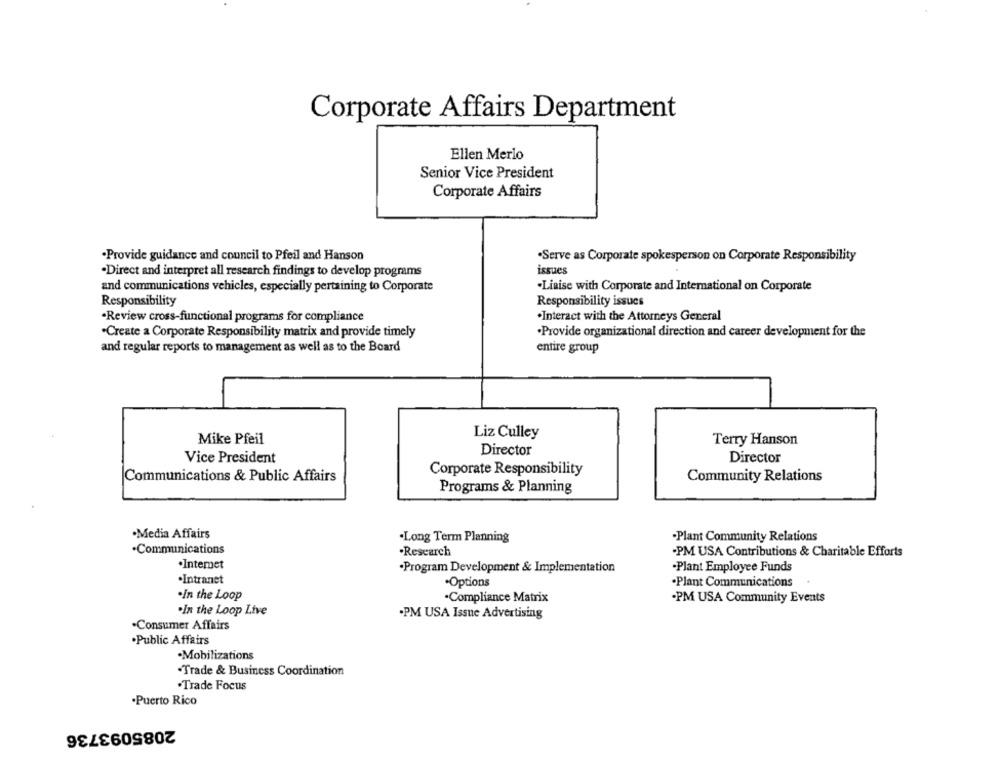
Corporate Affairs Department
Ellen Merlo
Senior Vice President
Corporate Affairs
·Provide guidance and council to Pfeil and Hanson
·Serve as Corporate spokesperson on Corporate Responsibility
-Direct and interpret all research findings to develop programs
issues
and communications vehicles, especially pertaining to Corporate
.Liaise with Corporate and International on Corporate
Responsibility
Responsibility issues
·Review cross-functional programs for compliance
.Interact with the Attorneys General
.Create a Corporate Responsibility matrix and provide timely
·Provide organizational direction and career development for the
and regular reports to management as well as to the Board
entire group
Liz Culley
Mike Pfeil
Terry Hanson
Director
Vice President
Director
Corporate Responsibility
Communications & Public Affairs
Community Relations
Programs & Planning
·Media Affairs
.Long Term Planning
.Plant Community Relations
.Communications
Research
-PM USA Contributions & Charitable Efforts
.Internet
·Program Development & Implementation
Plant Employee Funds
.Intranet
.Options
·Plant Communications
.In the Loop
·Compliance Matrix
·PM USA Community Events
.In the Loop Live
.PM USA Issue Advertising
.Consumer Affairs
.Public Affairs
·Mobilizations
.Trade & Business Coordination
.Trade Focus
.Puerto Rico
2085093736